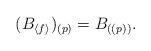
LaTeX: \begin{align*}(B_{\langle f \rangle})_{(p)}=B_{((p))}.\end{align*}